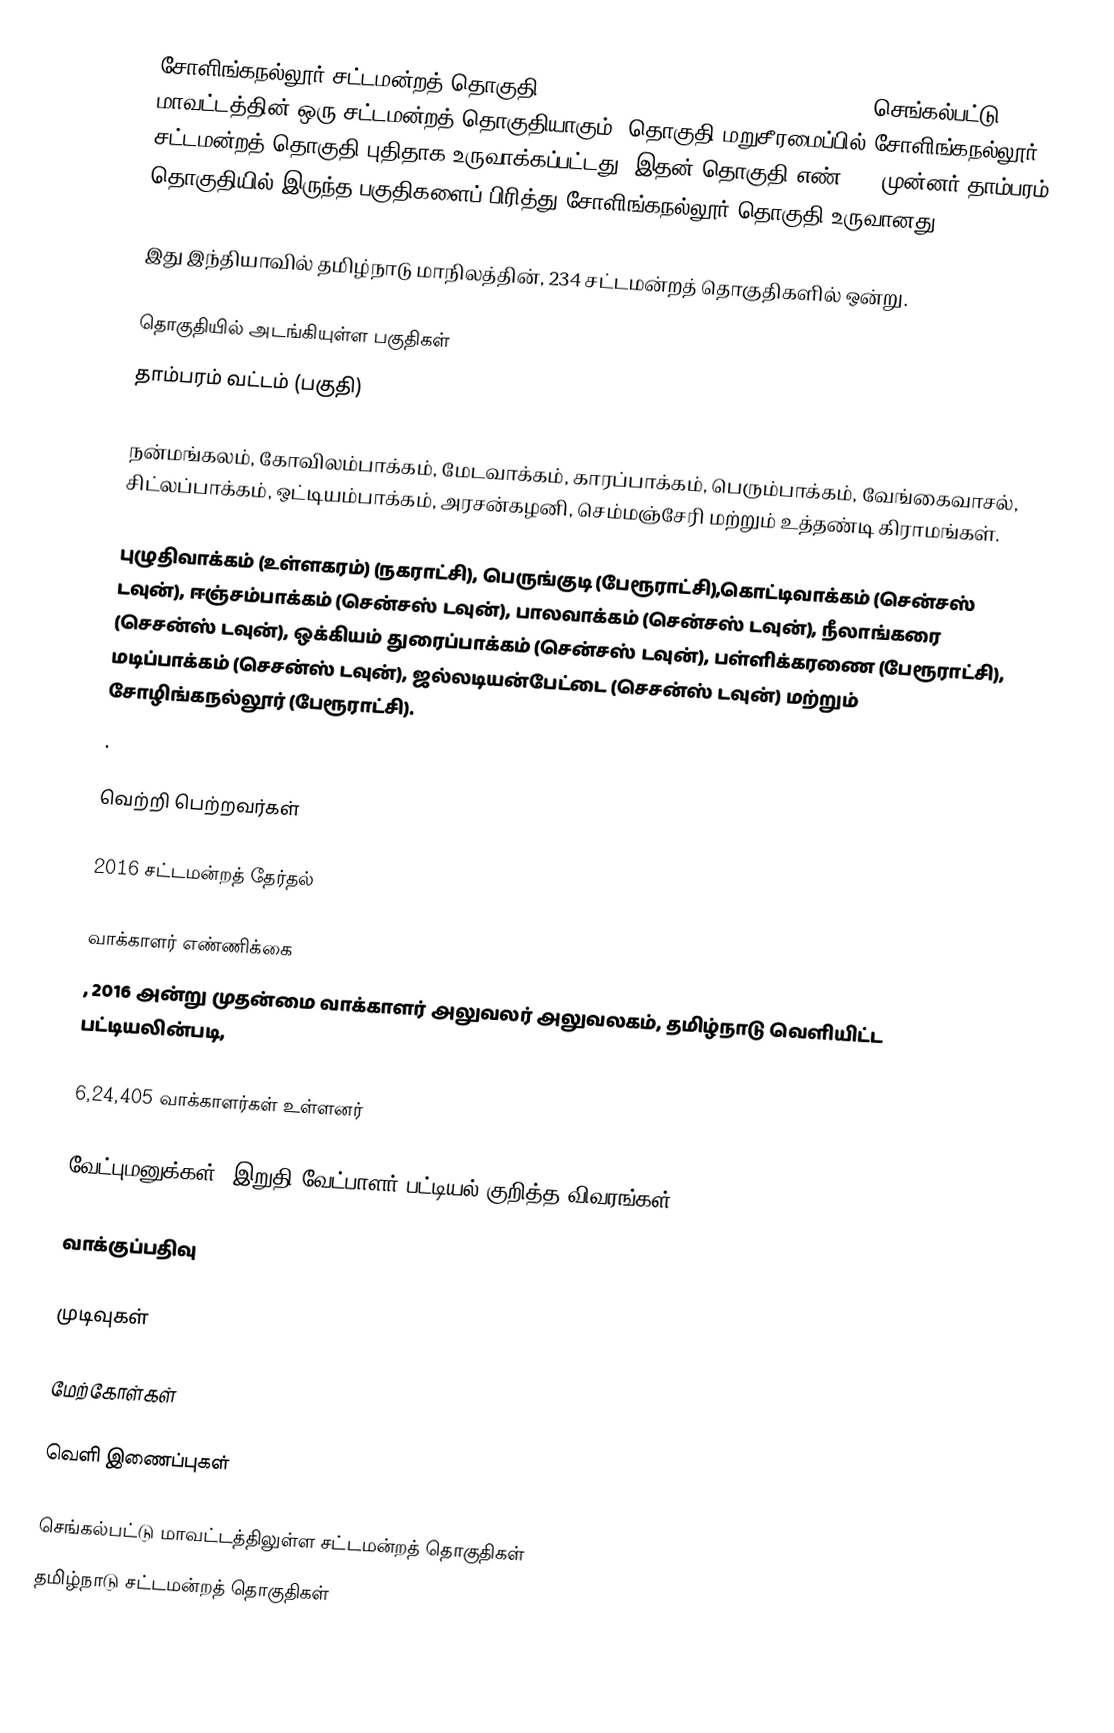
சோளிங்கநல்லூர் சட்டமன்றத் தொகுதி (Sholinganallur Assembly constituency), செங்கல்பட்டு மாவட்டத்தின் ஒரு சட்டமன்றத் தொகுதியாகும். தொகுதி மறுசீரமைப்பில் சோளிங்கநல்லூர் சட்டமன்றத் தொகுதி புதிதாக உருவாக்கப்பட்டது. இதன் தொகுதி எண் 27. முன்னர் தாம்பரம் தொகுதியில் இருந்த பகுதிகளைப் பிரித்து சோளிங்கநல்லூர் தொகுதி உருவானது.

இது இந்தியாவில் தமிழ்நாடு மாநிலத்தின், 234 சட்டமன்றத் தொகுதிகளில் ஒன்று.

தொகுதியில் அடங்கியுள்ள பகுதிகள்
தாம்பரம் வட்டம் (பகுதி)

நன்மங்கலம், கோவிலம்பாக்கம், மேடவாக்கம், காரப்பாக்கம், பெரும்பாக்கம், வேங்கைவாசல், சிட்லப்பாக்கம், ஒட்டியம்பாக்கம், அரசன்கழனி, செம்மஞ்சேரி மற்றும் உத்தண்டி கிராமங்கள்.

புழுதிவாக்கம் (உள்ளகரம்) (நகராட்சி), பெருங்குடி (பேரூராட்சி),கொட்டிவாக்கம் (சென்சஸ் டவுன்), ஈஞ்சம்பாக்கம் (சென்சஸ் டவுன்), பாலவாக்கம் (சென்சஸ் டவுன்), நீலாங்கரை (செசன்ஸ் டவுன்), ஒக்கியம் துரைப்பாக்கம் (சென்சஸ் டவுன்), பள்ளிக்கரணை (பேரூராட்சி), மடிப்பாக்கம் (செசன்ஸ் டவுன்), ஜல்லடியன்பேட்டை (செசன்ஸ் டவுன்) மற்றும் சோழிங்கநல்லூர் (பேரூராட்சி).
.

வெற்றி பெற்றவர்கள்

2016 சட்டமன்றத் தேர்தல்

வாக்காளர் எண்ணிக்கை
, 2016 அன்று முதன்மை வாக்காளர் அலுவலர் அலுவலகம், தமிழ்நாடு வெளியிட்ட பட்டியலின்படி,

6,24,405 வாக்காளர்கள் உள்ளனர்

வேட்புமனுக்கள், இறுதி வேட்பாளர் பட்டியல் குறித்த விவரங்கள்

வாக்குப்பதிவு

முடிவுகள்

மேற்கோள்கள்

வெளி இணைப்புகள்

செங்கல்பட்டு மாவட்டத்திலுள்ள சட்டமன்றத் தொகுதிகள்
தமிழ்நாடு சட்டமன்றத் தொகுதிகள்